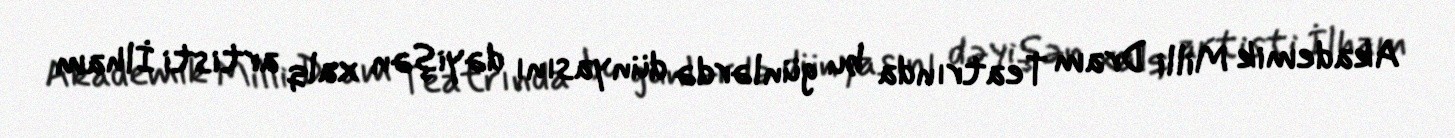
Akademik Milli Dram Teatrında bu günlərdə dünyasını dəyişən xalq artisti İlham